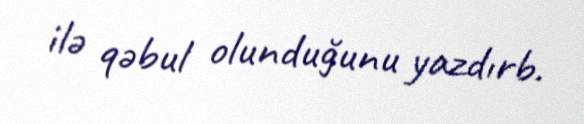
ilə qəbul olunduğunu yazdırb.